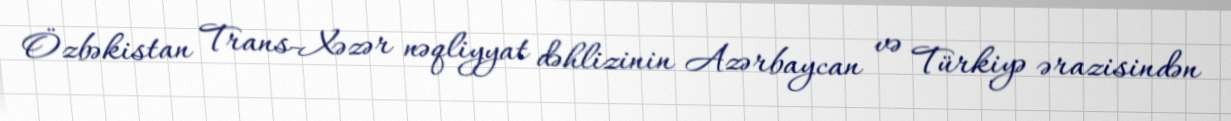
Özbəkistan Trans-Xəzər nəqliyyat dəhlizinin Azərbaycan və Türkiyə ərazisindən